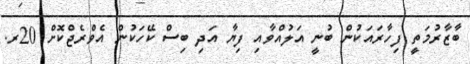
ބާޒާރުމަތީ ފިހާރައަކުން ބުނީ އަލުއްވާއި ފިޔާ އަދި ބިސް ކޭހަކުން އެވްރެޖްކޮށް 20ރ.